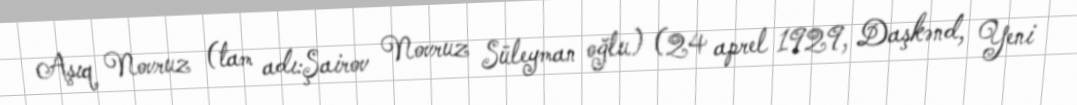
Aşıq Novruz (tam adı:Şairov Novruz Süleyman oğlu) (24 aprel 1929, Daşkənd, Yeni